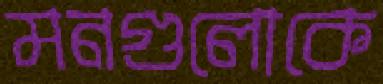
মনগুলোকে